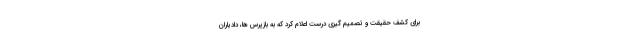
برای کشف حقیقت و تصمیم گیری درست اعلام کرد که به بازپرس ها، دادیاران